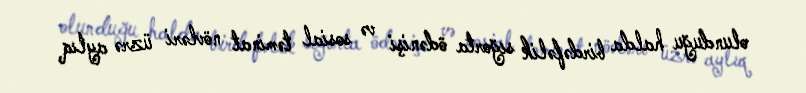
olunduğu halda birdəfəlik sığorta ödənişi və sosial təminat növləri üzrə aylıq